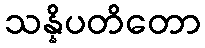
သန္နိပတိတော